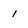
Character: 1